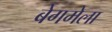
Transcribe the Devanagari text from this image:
बेगमेला